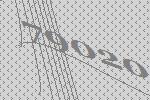
79020